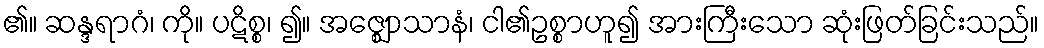
၏။ ဆန္ဒရာဂံ၊ ကို။ ပဋိစ္စ၊ ၍။ အဇ္ဈောသာနံ၊ ငါ၏ဥစ္စာဟူ၍ အားကြီးသော ဆုံးဖြတ်ခြင်းသည်။